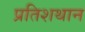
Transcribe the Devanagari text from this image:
प्रतिशथान